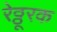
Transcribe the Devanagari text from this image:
रेठ्ठूरक